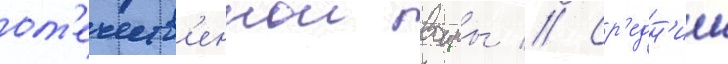
от'ечеств'еннои воины // Ср'едн'ии